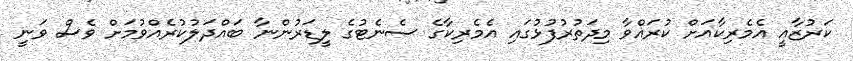
ކަރުޒާއީ އެމެރިކާއަށް ކުރައްވާ މިދަތުރުފުޅުގައި އެމެރިކާގެ ސެނެޓުގެ ލީޑަރުންނާ ބައްދަލުކުރެއްވުމަށް ވެސް ވަނީ